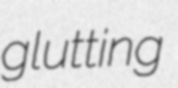
glutting